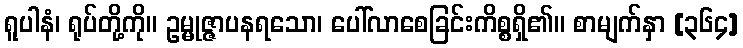
ရူပါနံ၊ ရုပ်တို့ကို။ ဥမ္မုဇ္ဇာပနရသော၊ ပေါ်လာစေခြင်းကိစ္စရှိ၏။ စာမျက်နှာ [၃၆၄]